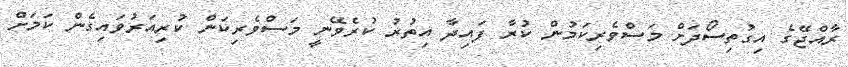
ރާއްޖޭގެ އިގުތިސޯދަށް މަސްވެރިކަމުން ކުރާ ފައިދާ އިތުރު ކުރެވޭނީ މަސްވެރިކަން ކުރިއަރުވައިގެން ކަަމަށް